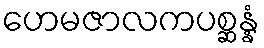
ဟေမဇာလကပစ္ဆန္နံ